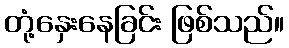
တုံ့နှေးနေခြင်း ဖြစ်သည်။